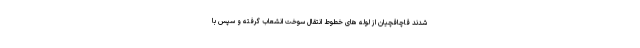
شدند قاچاقچیان از لوله های خطوط انتقال سوخت انشعاب گرفته و سپس با